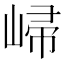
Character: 𡹙